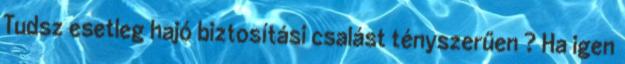
Tudsz esetleg hajó biztosítási csalást tényszerűen ? Ha igen